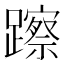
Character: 𨆾